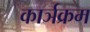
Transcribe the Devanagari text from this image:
कार्ञक्रम